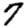
Digit: 7